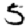
Digit: 5